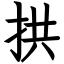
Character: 拱